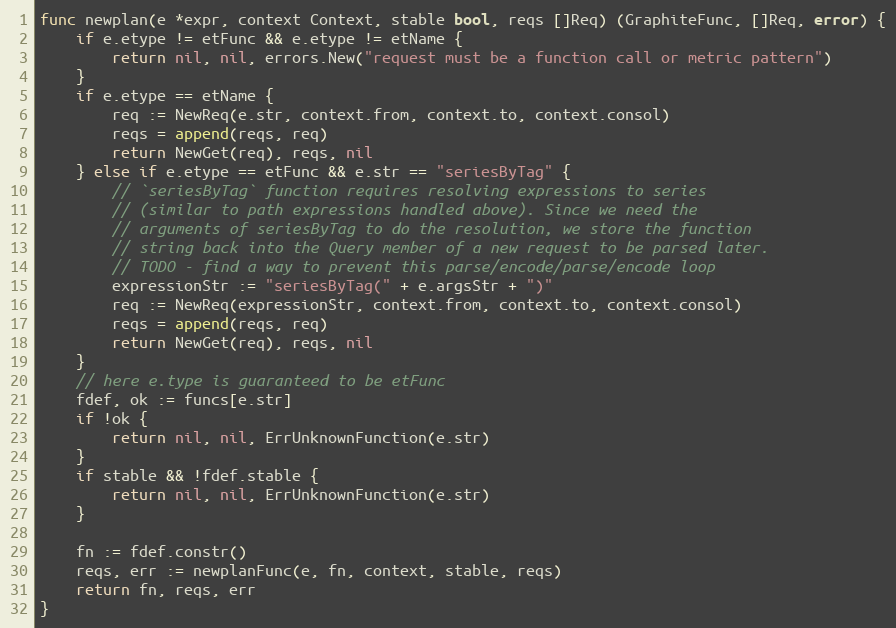
Language: Go
func newplan(e *expr, context Context, stable bool, reqs []Req) (GraphiteFunc, []Req, error) {
	if e.etype != etFunc && e.etype != etName {
		return nil, nil, errors.New("request must be a function call or metric pattern")
	}
	if e.etype == etName {
		req := NewReq(e.str, context.from, context.to, context.consol)
		reqs = append(reqs, req)
		return NewGet(req), reqs, nil
	} else if e.etype == etFunc && e.str == "seriesByTag" {
		// `seriesByTag` function requires resolving expressions to series
		// (similar to path expressions handled above). Since we need the
		// arguments of seriesByTag to do the resolution, we store the function
		// string back into the Query member of a new request to be parsed later.
		// TODO - find a way to prevent this parse/encode/parse/encode loop
		expressionStr := "seriesByTag(" + e.argsStr + ")"
		req := NewReq(expressionStr, context.from, context.to, context.consol)
		reqs = append(reqs, req)
		return NewGet(req), reqs, nil
	}
	// here e.type is guaranteed to be etFunc
	fdef, ok := funcs[e.str]
	if !ok {
		return nil, nil, ErrUnknownFunction(e.str)
	}
	if stable && !fdef.stable {
		return nil, nil, ErrUnknownFunction(e.str)
	}

	fn := fdef.constr()
	reqs, err := newplanFunc(e, fn, context, stable, reqs)
	return fn, reqs, err
}